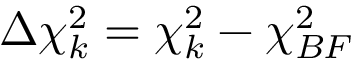
\Delta \chi _ { k } ^ { 2 } = \chi _ { k } ^ { 2 } - \chi _ { B F } ^ { 2 }